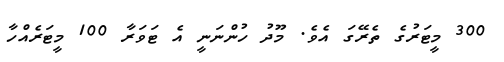
300 މީޓަރުގެ ތެރޭގަ އެވެ. މޫދު ހުންނަނީ އެ ޓަވަރާ 100 މީޓަރެއްހާ